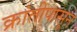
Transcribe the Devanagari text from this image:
क्रांतीपासून